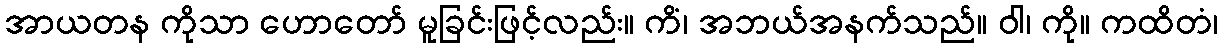
အာယတန ကိုသာ ဟောတော် မူခြင်းဖြင့်လည်း။ ကိံ၊ အဘယ်အနက်သည်။ ဝါ၊ ကို။ ကထိတံ၊